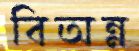
বিঅন্ন